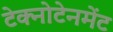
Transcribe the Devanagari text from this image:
टेक्नोटेनमेंट